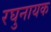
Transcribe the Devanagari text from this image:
रघुनायक